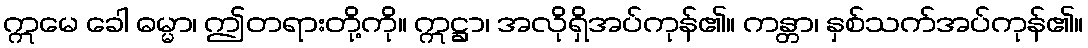
ဣမေ ခေါ ဓမ္မာ၊ ဤတရားတို့ကို။ ဣဋ္ဌာ၊ အလိုရှိအပ်ကုန်၏။ ကန္တာ၊ နှစ်သက်အပ်ကုန်၏။